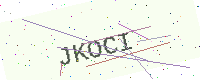
Text: JKOCI